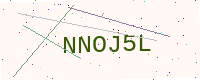
Text: NNOJ5L